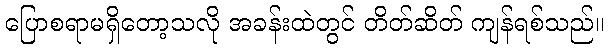
ပြောစရာမရှိတော့သလို အခန်းထဲတွင် တိတ်ဆိတ် ကျန်ရစ်သည်။